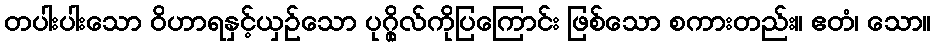
တပါးပါးသော ဝိဟာရနှင့်ယှဉ်သော ပုဂ္ဂိုလ်ကိုပြကြောင်း ဖြစ်သော စကားတည်း။ ဧတံ၊ သော။